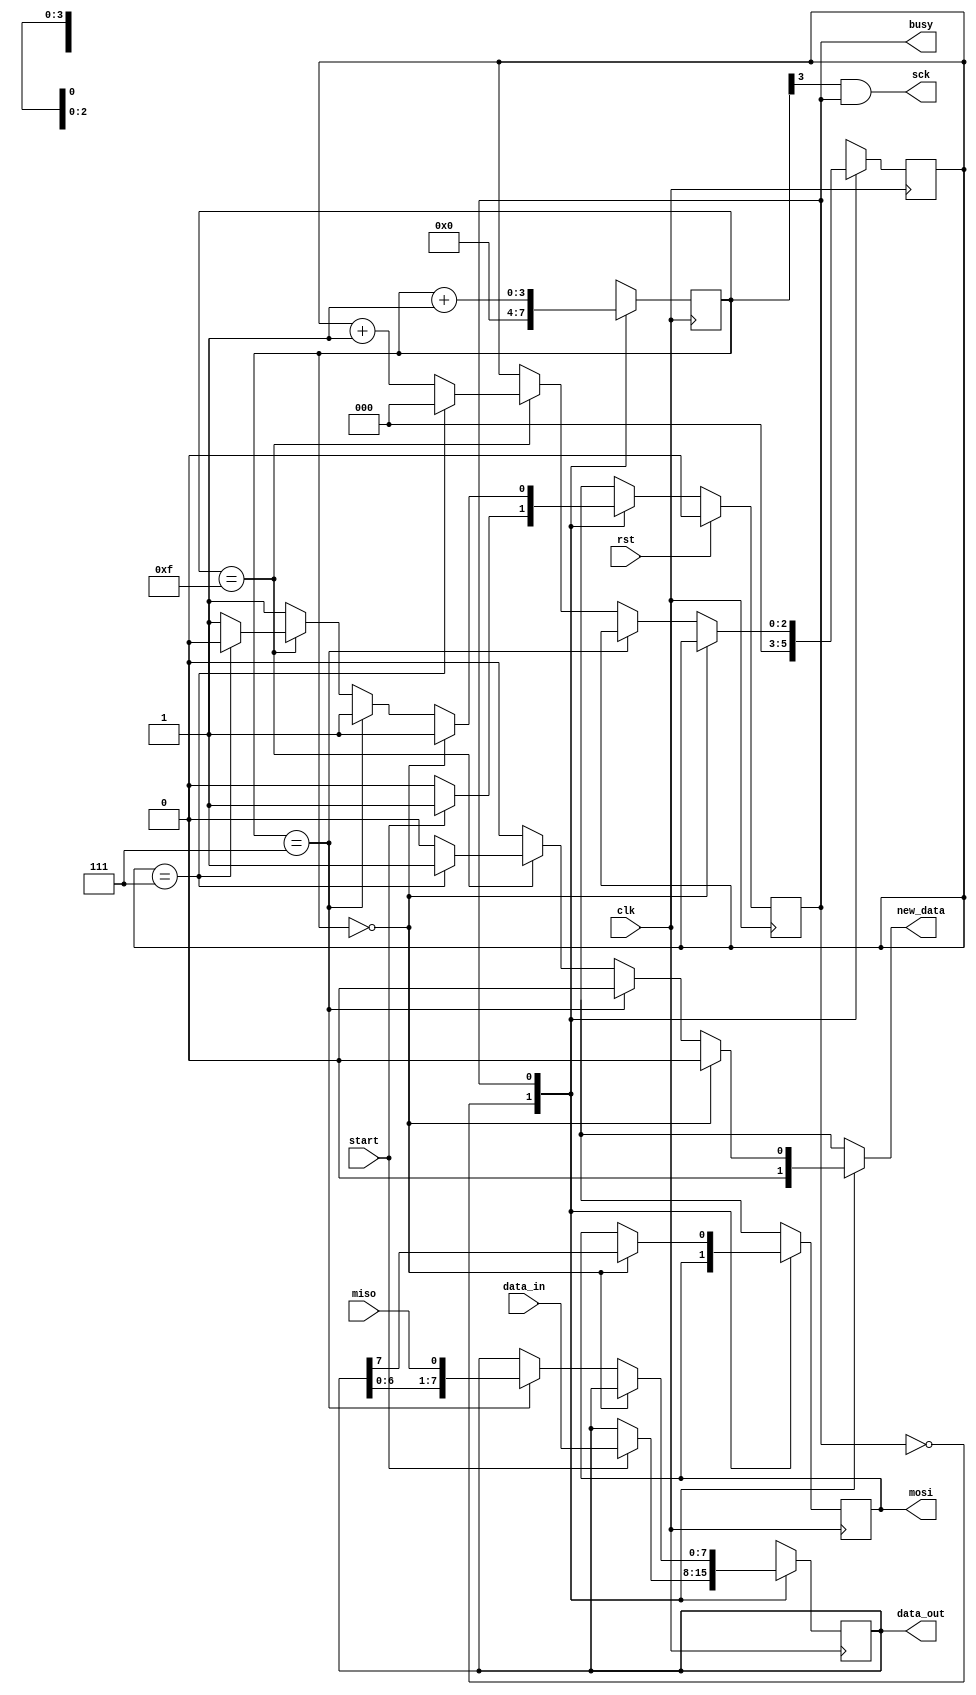
/*
   This file was generated automatically by the Mojo IDE version B1.3.6.
   Do not edit this file directly. Instead edit the original Lucid source.
   This is a temporary file and any changes made to it will be destroyed.
*/

/*
   Parameters:
     CLK_DIV = 4
     CPOL = 0
     CPHA = 0
*/
module spi_master5_42 (
    input clk,
    input rst,
    input miso,
    output reg mosi,
    output reg sck,
    input start,
    input [7:0] data_in,
    output reg [7:0] data_out,
    output reg new_data,
    output reg busy
  );
  
  localparam CLK_DIV = 3'h4;
  localparam CPOL = 1'h0;
  localparam CPHA = 1'h0;
  
  
  localparam IDLE_state = 1'd0;
  localparam TRANSFER_state = 1'd1;
  
  reg M_state_d, M_state_q = IDLE_state;
  reg [7:0] M_data_d, M_data_q = 1'h0;
  reg [3:0] M_sck_reg_d, M_sck_reg_q = 1'h0;
  reg M_mosi_reg_d, M_mosi_reg_q = 1'h0;
  reg [2:0] M_ctr_d, M_ctr_q = 1'h0;
  
  always @* begin
    M_state_d = M_state_q;
    M_mosi_reg_d = M_mosi_reg_q;
    M_sck_reg_d = M_sck_reg_q;
    M_data_d = M_data_q;
    M_ctr_d = M_ctr_q;
    
    new_data = 1'h0;
    busy = M_state_q != IDLE_state;
    data_out = M_data_q;
    sck = ((1'h0 ^ M_sck_reg_q[3+0-:1]) & (M_state_q == TRANSFER_state)) ^ 1'h0;
    mosi = M_mosi_reg_q;
    
    case (M_state_q)
      IDLE_state: begin
        M_sck_reg_d = 1'h0;
        M_ctr_d = 1'h0;
        if (start) begin
          M_data_d = data_in;
          M_state_d = TRANSFER_state;
        end
      end
      TRANSFER_state: begin
        M_sck_reg_d = M_sck_reg_q + 1'h1;
        if (M_sck_reg_q == 1'h0) begin
          M_mosi_reg_d = M_data_q[7+0-:1];
        end else begin
          if (M_sck_reg_q == 3'h7) begin
            M_data_d = {M_data_q[0+6-:7], miso};
          end else begin
            if (M_sck_reg_q == 4'hf) begin
              M_ctr_d = M_ctr_q + 1'h1;
              if (M_ctr_q == 3'h7) begin
                M_state_d = IDLE_state;
                new_data = 1'h1;
                M_ctr_d = 1'h0;
              end
            end
          end
        end
      end
    endcase
  end
  
  always @(posedge clk) begin
    M_data_q <= M_data_d;
    M_sck_reg_q <= M_sck_reg_d;
    M_mosi_reg_q <= M_mosi_reg_d;
    M_ctr_q <= M_ctr_d;
    
    if (rst == 1'b1) begin
      M_state_q <= 1'h0;
    end else begin
      M_state_q <= M_state_d;
    end
  end
  
endmodule